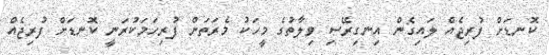
ކޮނޑަށް ފުރިޖެއް ލައިގެން އިނގިރޭސި ވިލާތުގެ މީހަކު މެރަތަން ފުރިހަމަކުރަނީ ކޮނޑަށް ފުރިޖެއް